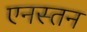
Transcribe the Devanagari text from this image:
एनस्तन